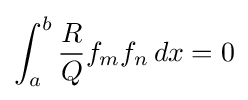
\int _{a}^{b}{\frac {R}{Q}}f_{m}f_{n}\,dx=0